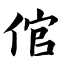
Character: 倌